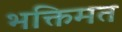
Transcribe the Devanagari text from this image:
भक्तिमत